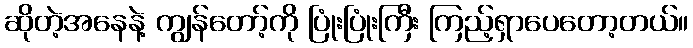
ဆိုတဲ့အနေနဲ့ ကျွန်တော့်ကို ပြုံးပြုံးကြီး ကြည့်ရှာပေတော့တယ်။